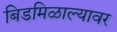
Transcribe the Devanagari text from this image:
बिडमिळाल्यावर